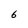
Character: 6